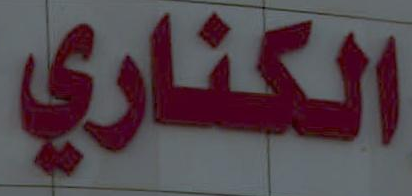
الكناري